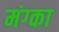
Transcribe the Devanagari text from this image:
मंग्का